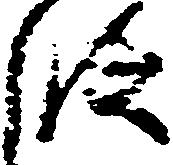
段